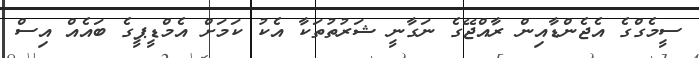
ސީމެގްގެ އެޖެންޑާއިން ރާއްޖޭގެ ނަގާނީ ޝަރުތުތަކާ އެކު ކަމަށް އެމްޑީޕީގެ ބައެއް އިސް